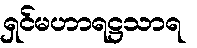
ရှင်မဟာရဋ္ဌသာရ